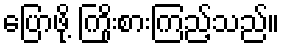
ပြောဖို့ ကြိုးစားကြည့်သည်။